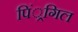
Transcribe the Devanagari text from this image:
पिं्रगिल